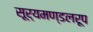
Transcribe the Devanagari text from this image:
सूर्यमण्डलरूप